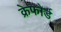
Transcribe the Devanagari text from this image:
क्रेफोर्ड